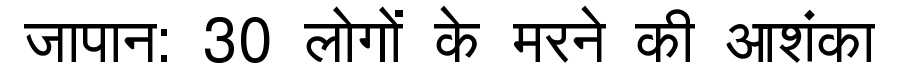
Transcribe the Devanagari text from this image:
जापान: 30 लोगों के मरने की आशंका